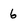
Character: 6